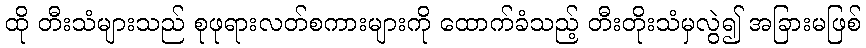
ထို တီးသံများသည် စုဖုရားလတ်စကားများကို ထောက်ခံသည့် တီးတိုးသံမှလွဲ၍ အခြားမဖြစ်